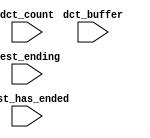
module mi_nios_cpu_oci_test_bench (
                                    // inputs:
                                     dct_buffer,
                                     dct_count,
                                     test_ending,
                                     test_has_ended
                                  )
;

  input   [ 29: 0] dct_buffer;
  input   [  3: 0] dct_count;
  input            test_ending;
  input            test_has_ended;


endmodule